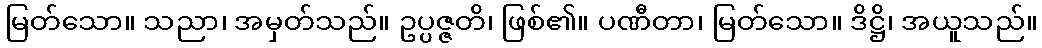
မြတ်သော။ သညာ၊ အမှတ်သည်။ ဥပ္ပဇ္ဇတိ၊ ဖြစ်၏။ ပဏီတာ၊ မြတ်သော။ ဒိဋ္ဌိ၊ အယူသည်။